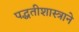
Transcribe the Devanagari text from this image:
पद्धतीशास्त्राने